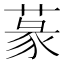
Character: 蒃